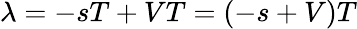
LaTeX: \lambda=-sT+VT=(-s+V)T